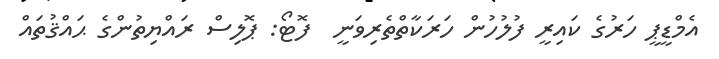
އެމްޑީޕީ ހަރުގެ ކައިރީ ފުލުހުން ހަރަކާތްތެރިވަނީ  ފޮޓޯ: ޕޮލިސް ރައްޔިތުންގެ ޙައްޤުތައް